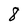
Character: 8